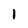
Character: 1